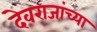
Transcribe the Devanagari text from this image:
देवराजांच्या